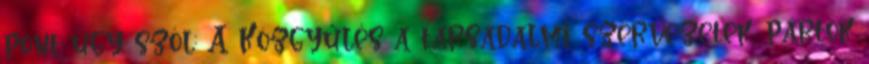
pont úgy szól: A Közgyűlés a társadalmi szervezetek, pártok